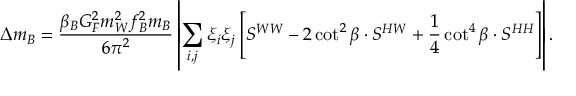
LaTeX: \Delta m _ { B } = \frac { \beta _ { B } G _ { F } ^ { 2 } m _ { W } ^ { 2 } f _ { B } ^ { 2 } m _ { B } } { 6 \pi ^ { 2 } } \left\vert \sum _ { i , j } \xi _ { i } \xi _ { j } \left[ S ^ { W W } - 2 \cot ^ { 2 } \beta \cdot S ^ { H W } + \frac { 1 } { 4 } \cot ^ { 4 } \beta \cdot S ^ { H H } \right] \right\vert .